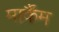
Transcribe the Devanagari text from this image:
मार्कैंम